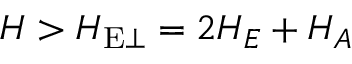
H > H _ { \mathrm { E \perp } } = 2 H _ { E } + H _ { A }